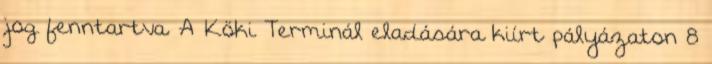
jog fenntartva. A Köki Terminál eladására kiírt pályázaton 8